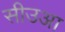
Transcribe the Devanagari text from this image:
सीउआ